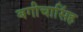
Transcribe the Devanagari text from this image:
बगीचासिंह